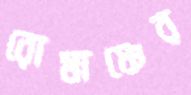
রোমাঞ্চের